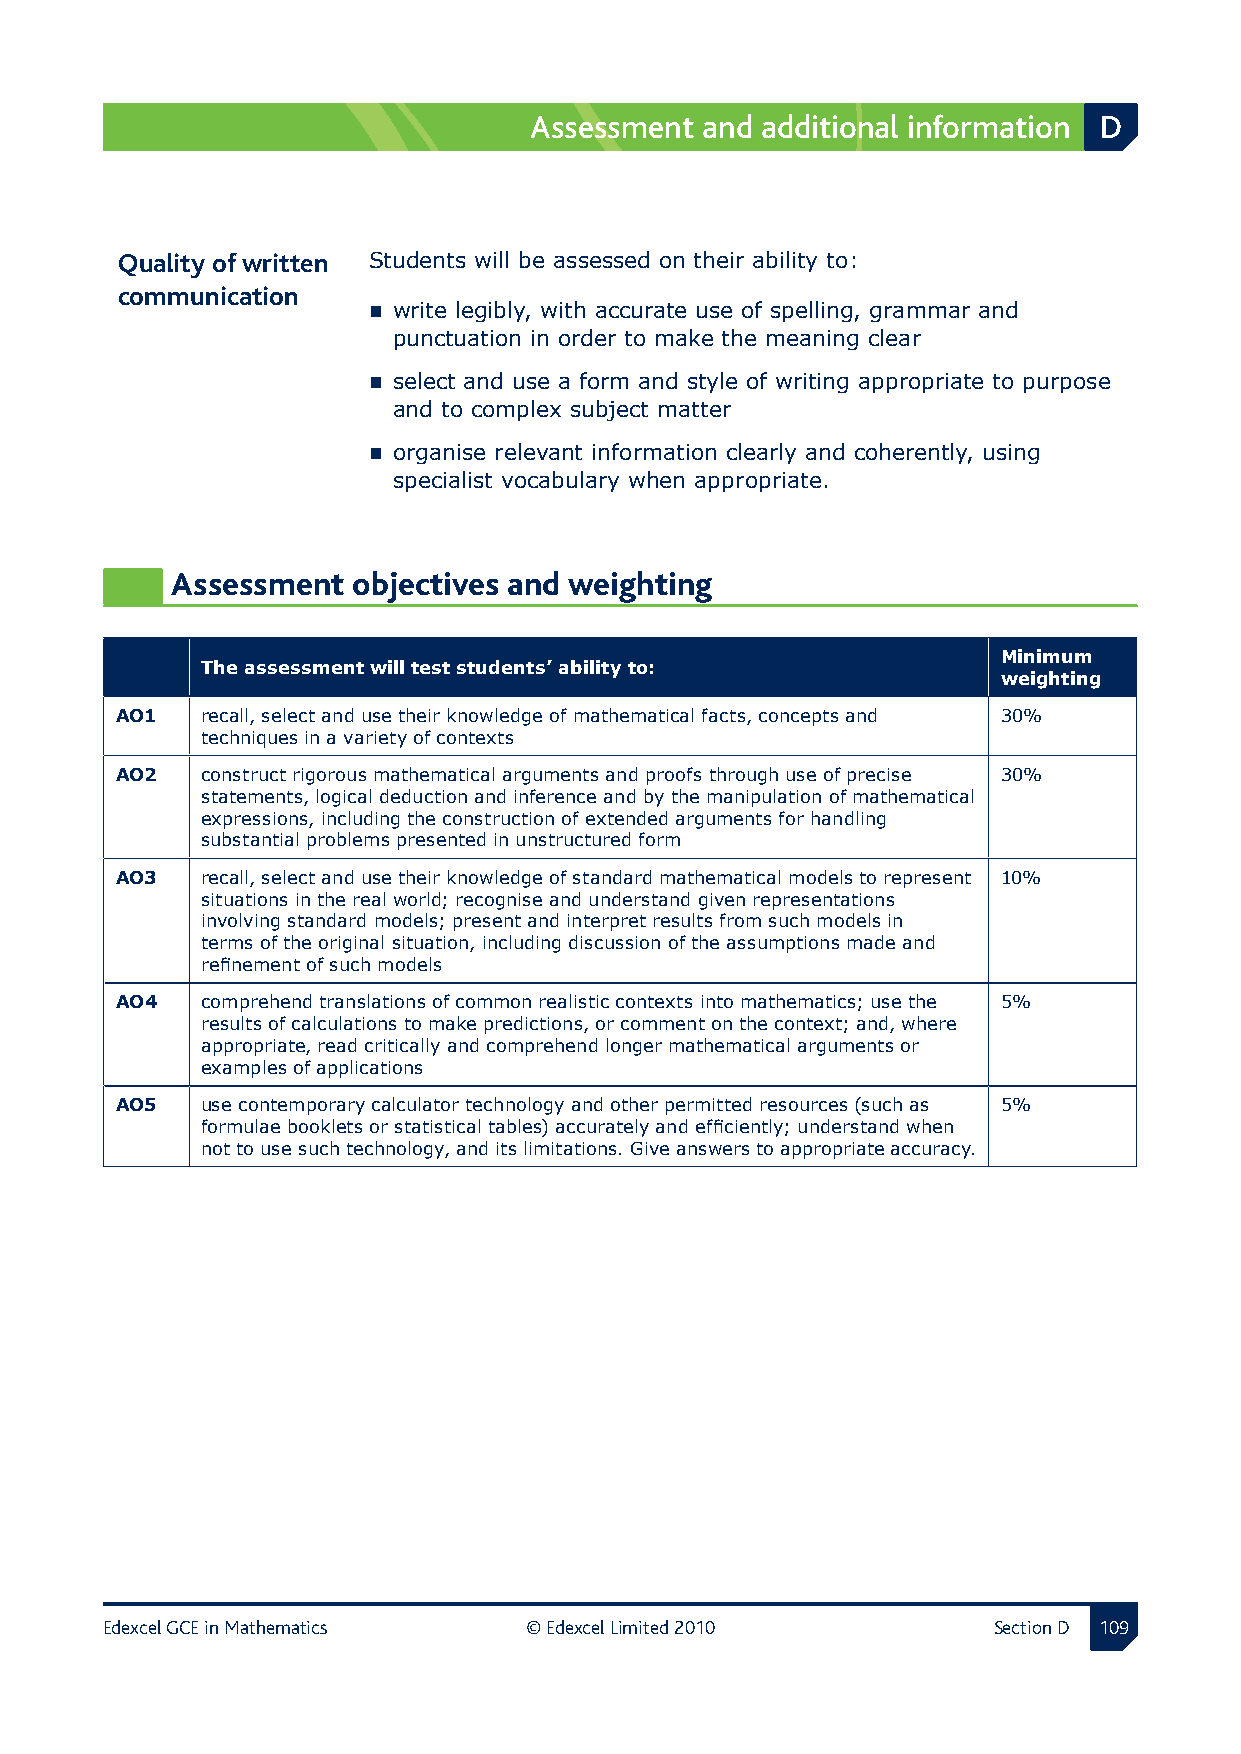
Assessment and additional information D
 Quality of written  Students will be assessed on their ability to:
 communication
  write legibly, with accurate use of spelling, grammar and
 punctuation in order to make the meaning clear
  select and use a form and style of writing appropriate to purpose
 and to complex subject matter
  organise relevant information clearly and coherently, using
 specialist vocabulary when appropriate.
 Assessment  objectives and weighting
 Minimum
 The assessment will test students’ ability to:
 weighting
 AO1  recall, select and use their knowledge of mathematical facts, concepts and 30%
 techniques in a variety of contexts
 AO2  construct rigorous mathematical arguments and proofs through use of precise 30%
 statements, logical deduction and inference and by the manipulation of mathematical
 expressions, including the construction of extended arguments for handling
 substantial problems presented in unstructured form
 AO3  recall, select and use their knowledge of standard mathematical models to represent 10%
 situations in the real world; recognise and understand given representations
 involving standard models; present and interpret results from such models in
 terms of the original situation, including discussion of the assumptions made and
 refinement of such models
 AO4  comprehend translations of common realistic contexts into mathematics; use the 5%
 results of calculations to make predictions, or comment on the context; and, where
 appropriate, read critically and comprehend longer mathematical arguments or
 examples of applications
 AO5  use contemporary calculator technology and other permitted resources (such as 5%
 formulae booklets or statistical tables) accurately and efficiently; understand when
 not to use such technology, and its limitations. Give answers to appropriate accuracy.
 Edexcel GCE in Mathematics  © Edexcel Limited 2010         Section D 10